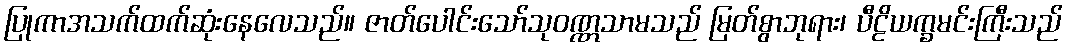
ပြုကာအသက်ထက်ဆုံးနေလေသည်။ ဇာတ်ပေါင်းသော်သုဝဏ္ဏသာမသည် မြတ်စွာဘုရား၊ ပီဠိယက္ခမင်းကြီးသည်